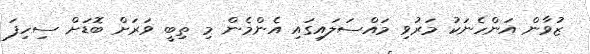
ޒުވާން އަންހެނަކު މަރުވި މައްސަލައިގައި އެންމެން މި ތިބީ ވަރަށް ބޮޑަށް ސިހިފަ